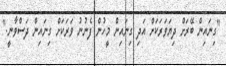
"ގިނައިން ބޭރަށް ދިޔަވަރަކަށް އަދި ގިނައިން މީހުން ފެނުނު ވަރަކަށް ގިނައިން ދަސްވާނީ."